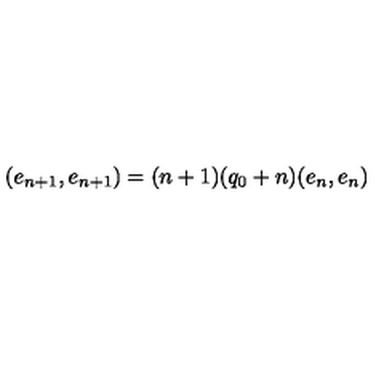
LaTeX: ( e _ { n + 1 } , e _ { n + 1 } ) = ( n + 1 ) ( q _ { 0 } + n ) ( e _ { n } , e _ { n } )